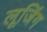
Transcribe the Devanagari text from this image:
लूजिंग